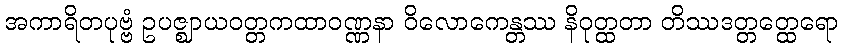
အကာရိတပုဗ္ဗံ ဥပဇ္ဈာယဝတ္တကထာဝဏ္ဏနာ ဝိလောကေန္တဿ နိဝုတ္ထတာ တိဿဒတ္တတ္ထေရော